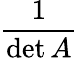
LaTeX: \frac{1}{\operatorname*{det}A}